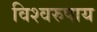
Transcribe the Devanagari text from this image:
विश्वरुपाय